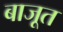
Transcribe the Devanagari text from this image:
बाजूत